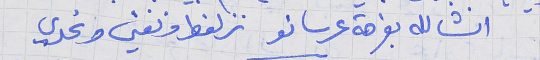
انشالله بفرحة عرسانو     نزلغط ونغني ونحدي